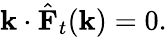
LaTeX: \mathbf{k}\cdot{\hat{\mathbf{F}}}_{t}(\mathbf{k})=0.